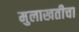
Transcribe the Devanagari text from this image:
मुलाखतीचा